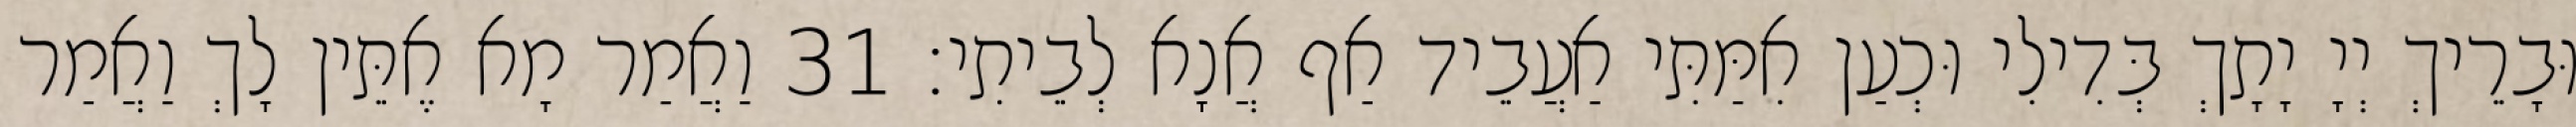
וּבָרֵיךְ יְיָ יָתָךְ בְּדִילִי וּכְעַן אִמַּתִּי אַעֲבֵיד אַף אֲנָא לְבֵיתִי׃ 31 וַאֲמַר מָא אֶתֵּין לָךְ וַאֲמַר